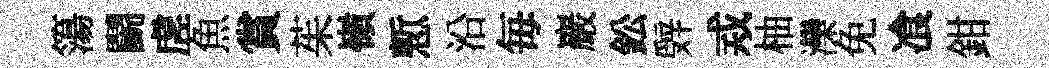
簜鬬虗魚賞茱嶺慙沿毎巖鈆辤𢦶柚灤免飡鉗